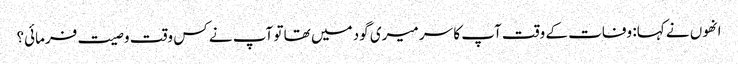
انھوں نے کہا: وفات کے وقت آپ کا سر میری گود میں تھا تو آپ نے کس وقت وصیت فرمائی؟